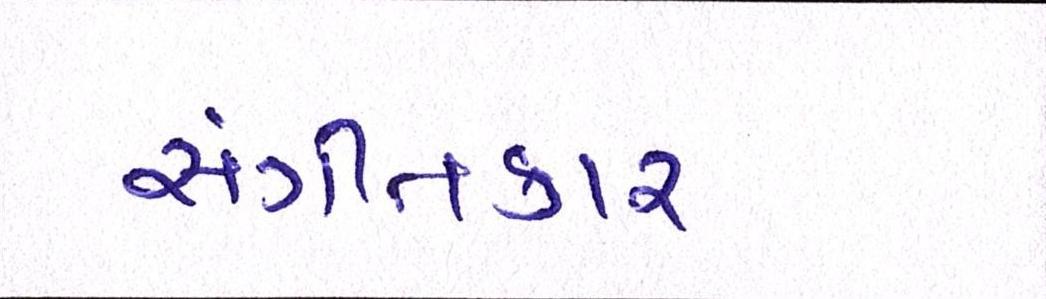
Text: સંગીતકાર